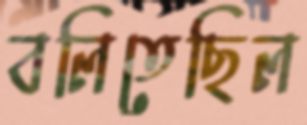
বলিতেছিল